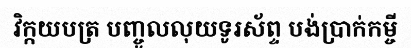
វិក្កយបត្រ បញ្ចូលលុយទូរស័ព្ទ បង់ប្រាក់កម្ចី